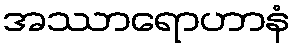
အဿာရောဟာနံ